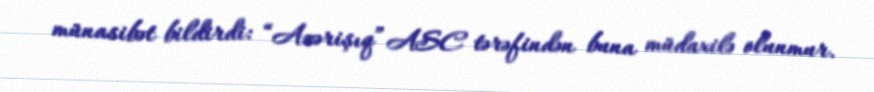
münasibət bildirdi: “Azərişıq” ASC tərəfindən buna müdaxilə olunmur.